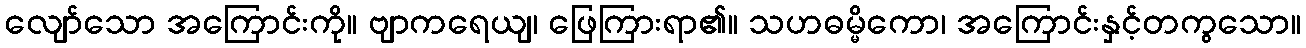
လျော်သော အကြောင်းကို။ ဗျာကရေယျ၊ ဖြေကြားရာ၏။ သဟဓမ္မိကော၊ အကြောင်းနှင့်တကွသော။